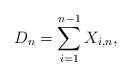
LaTeX: \begin{align*}D_n=\sum_{i=1}^{n-1}X_{i,n},\end{align*}